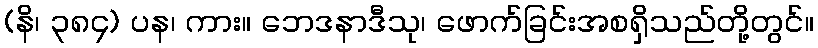
(နိ၊ ၃၈၄) ပန၊ ကား။ ဘေဒနာဒီသု၊ ဖောက်ခြင်းအစရှိသည်တို့တွင်။